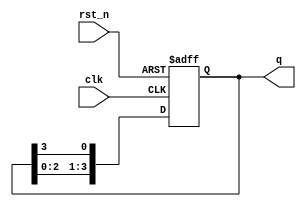
module async_ring_counter (
    input wire clk,          // Clock input
    input wire rst_n,       // Active-low reset
    output reg [N-1:0] q    // Output state of the counter
);
    
    parameter N = 4; // Number of flip-flops (bits in the ring counter)
    
    // Initial state of the ring counter (e.g., 0001 for 4-bit counter)
    initial begin
        q = 4'b0001; // Set the initial state
    end

    // Asynchronous process
    always @(posedge clk or negedge rst_n) begin
        if (!rst_n) begin
            // Reset to initial state
            q <= 4'b0001; // Reset
        end else begin
            // Ring counter logic
            q <= {q[N-2:0], q[N-1]}; // Shift the bits
            q[0] <= q[N-1];          // Move the bit from last to the first
        end
    end

endmodule